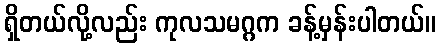
ရှိတယ်လို့လည်း ကုလသမဂ္ဂက ခန့်မှန်းပါတယ်။